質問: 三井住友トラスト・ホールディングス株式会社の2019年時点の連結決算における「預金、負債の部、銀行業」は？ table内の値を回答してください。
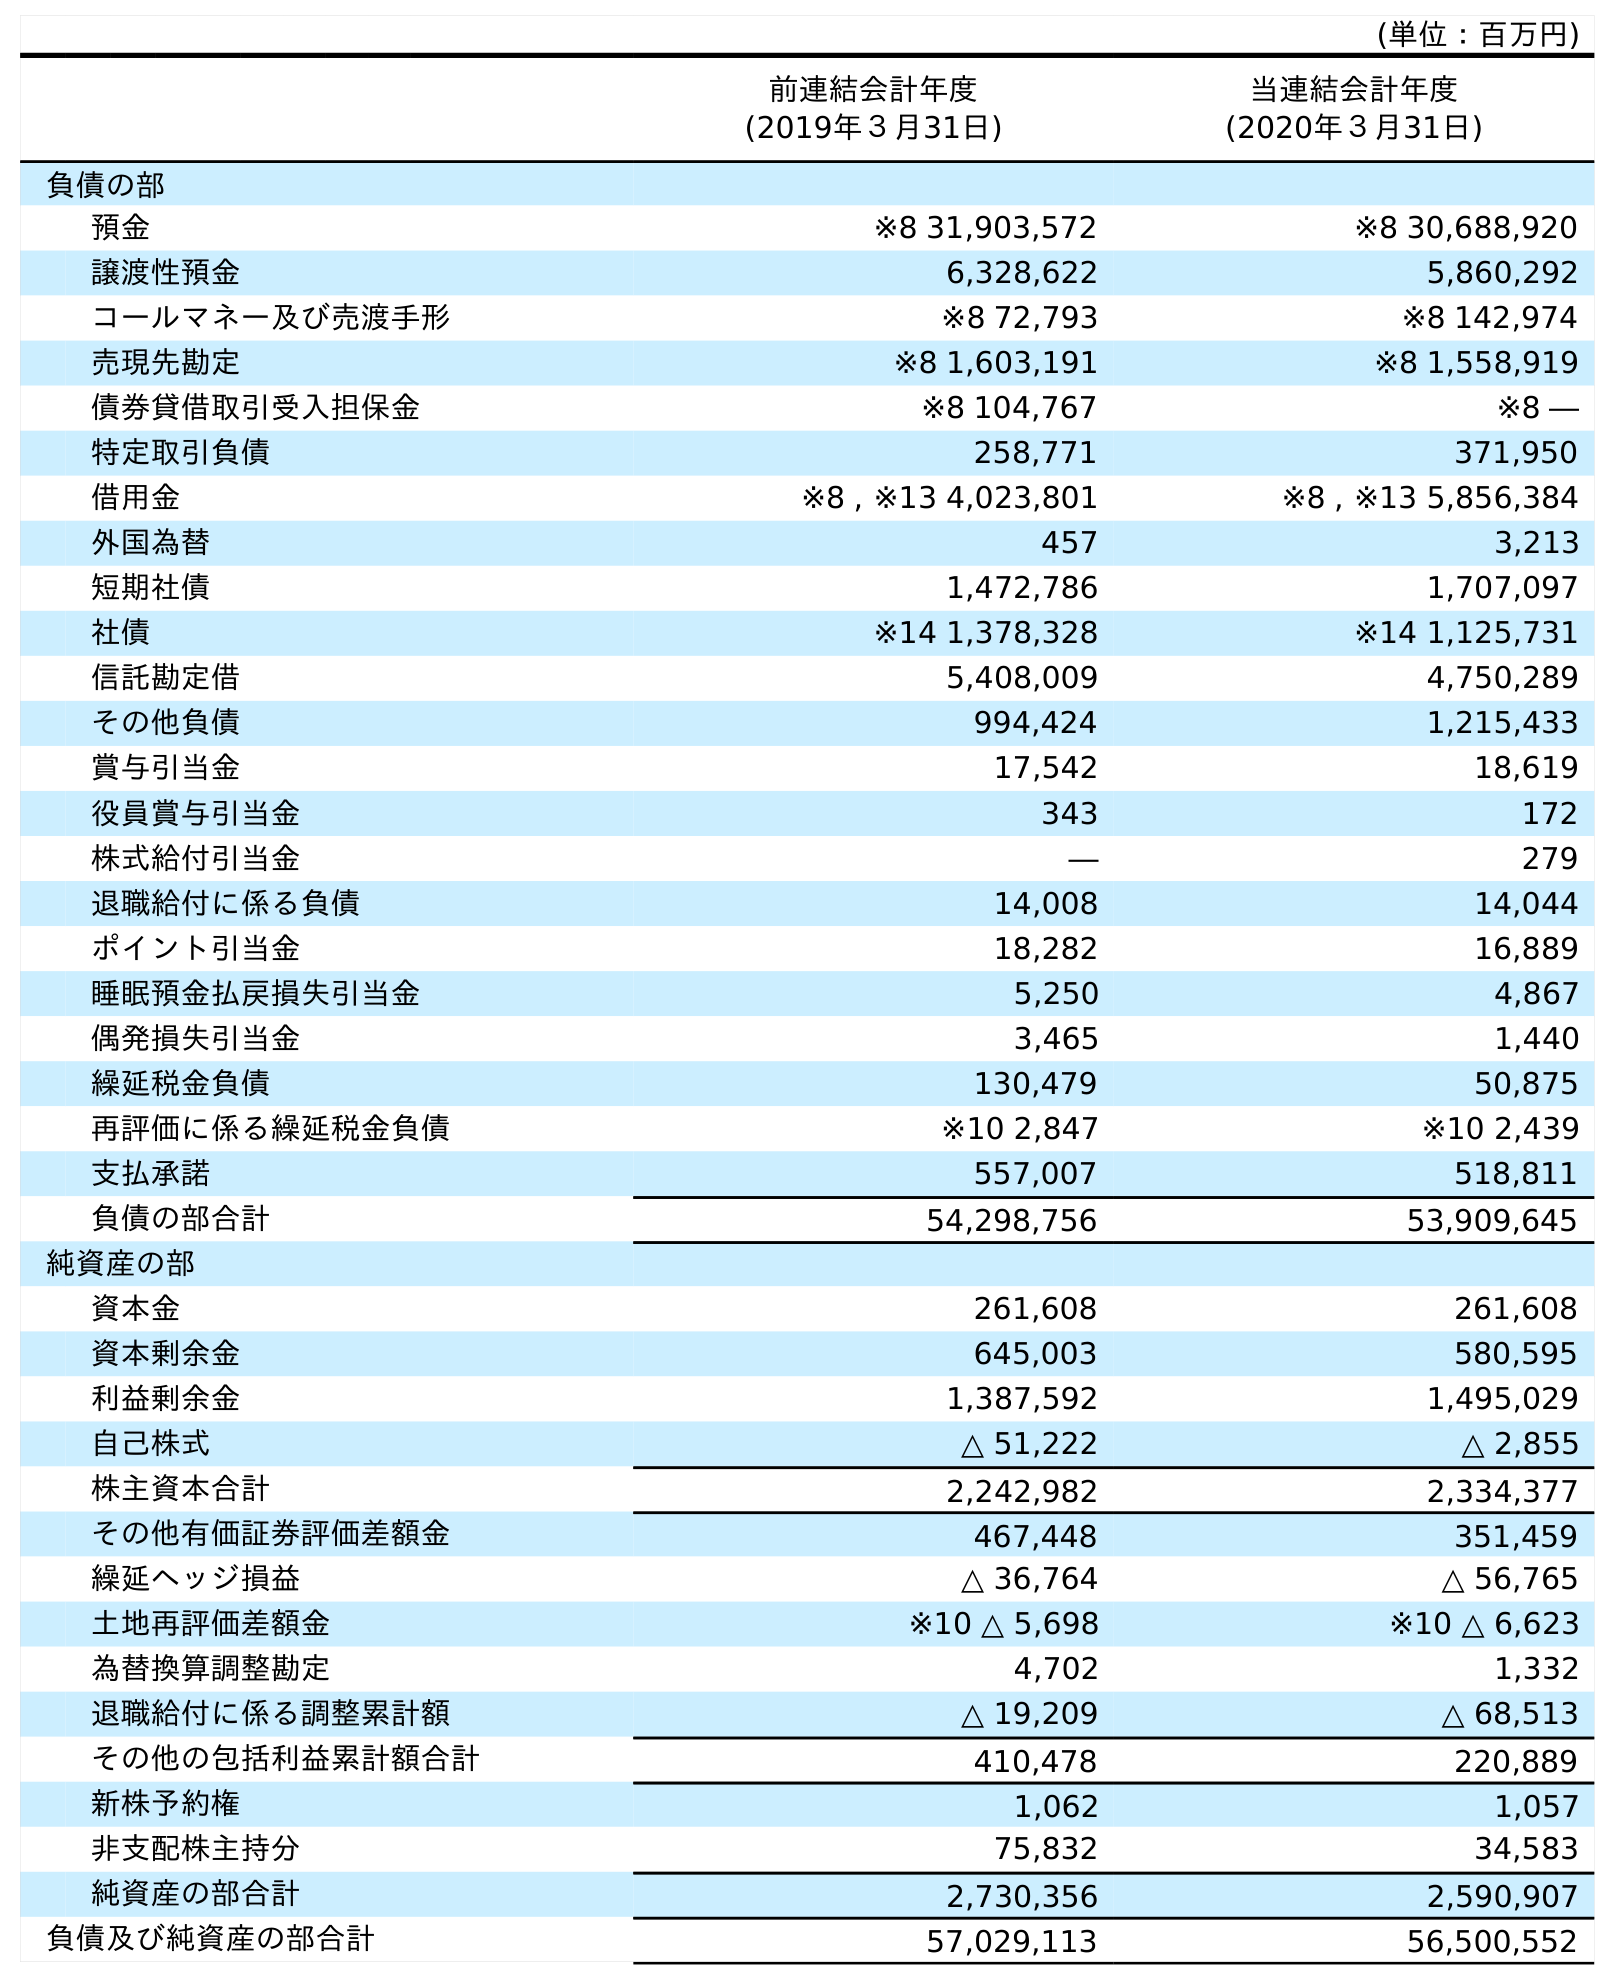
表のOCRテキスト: (単位：百万円) 前連結会計年度 (2019年３月31日) 当連結会計年度 (2020年３月31日) 負債の部 預金 ※8 31,903,572 ※8 30,688,920 譲渡性預金 6,328,622 5,860,292 コールマネー及び売渡手形 ※8 72,793 ※8 142,974 売現先勘定 ※8 1,603,191 ※8 1,558,919 債券貸借取引受入担保金 ※8 104,767 ※8 ― 特定取引負債 258,771 371,950 借用金 ※8 , ※13 4,023,801 ※8 , ※13 5,856,384 外国為替 457 3,213 短期社債 1,472,786 1,707,097 社債 ※14 1,378,328 ※14 1,125,731 信託勘定借 5,408,009 4,750,289 その他負債 994,424 1,215,433 賞与引当金 17,542 18,619 役員賞与引当金 343 172 株式給付引当金 ― 279 退職給付に係る負債 14,008 14,044 ポイント引当金 18,282 16,889 睡眠預金払戻損失引当金 5,250 4,867 偶発損失引当金 3,465 1,440 繰延税金負債 130,479 50,875 再評価に係る繰延税金負債 ※10 2,847 ※10 2,439 支払承諾 557,007 518,811 負債の部合計 54,298,756 53,909,645 純資産の部 資本金 261,608 261,608 資本剰余金 645,003 580,595 利益剰余金 1,387,592 1,495,029 自己株式 △ 51,222 △ 2,855 株主資本合計 2,242,982 2,334,377 その他有価証券評価差額金 467,448 351,459 繰延ヘッジ損益 △ 36,764 △ 56,765 土地再評価差額金 ※10 △ 5,698 ※10 △ 6,623 為替換算調整勘定 4,702 1,332 退職給付に係る調整累計額 △ 19,209 △ 68,513 その他の包括利益累計額合計 410,478 220,889 新株予約権 1,062 1,057 非支配株主持分 75,832 34,583 純資産の部合計 2,730,356 2,590,907 負債及び純資産の部合計 57,029,113 56,500,552
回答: ※831,903,572